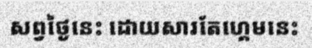
សព្វថ្ងៃនេះ ដោយសារតែហ្គេមនេះ